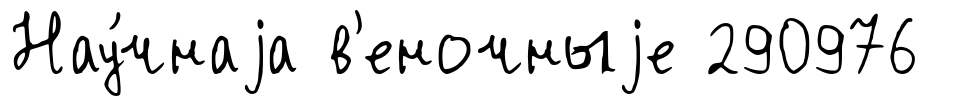
Нау́чнаjа в'еночныjе 290976